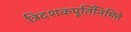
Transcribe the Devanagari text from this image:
त्रिदशकपूर्तिनिमित्ते